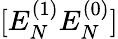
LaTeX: [E_{N}^{(1)}E_{N}^{(0)}]